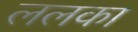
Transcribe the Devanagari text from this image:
ललका